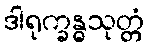
ဒါရုက္ခန္ဓသုတ္တံ